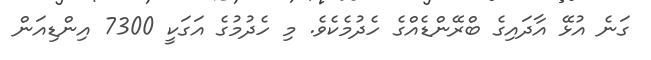
ގަނެ އުޅޭ އާދައިގެ ބްރޭންޑެއްގެ ހެދުމެކެވެ. މި ހެދުމުގެ އަގަކީ 7300 އިންޑިއަން